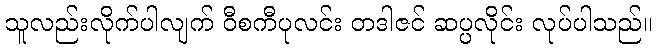
သူလည်းလိုက်ပါလျက် ဝီစကီပုလင်း တဒါဇင် ဆပ္ပလိုင်း လုပ်ပါသည်။